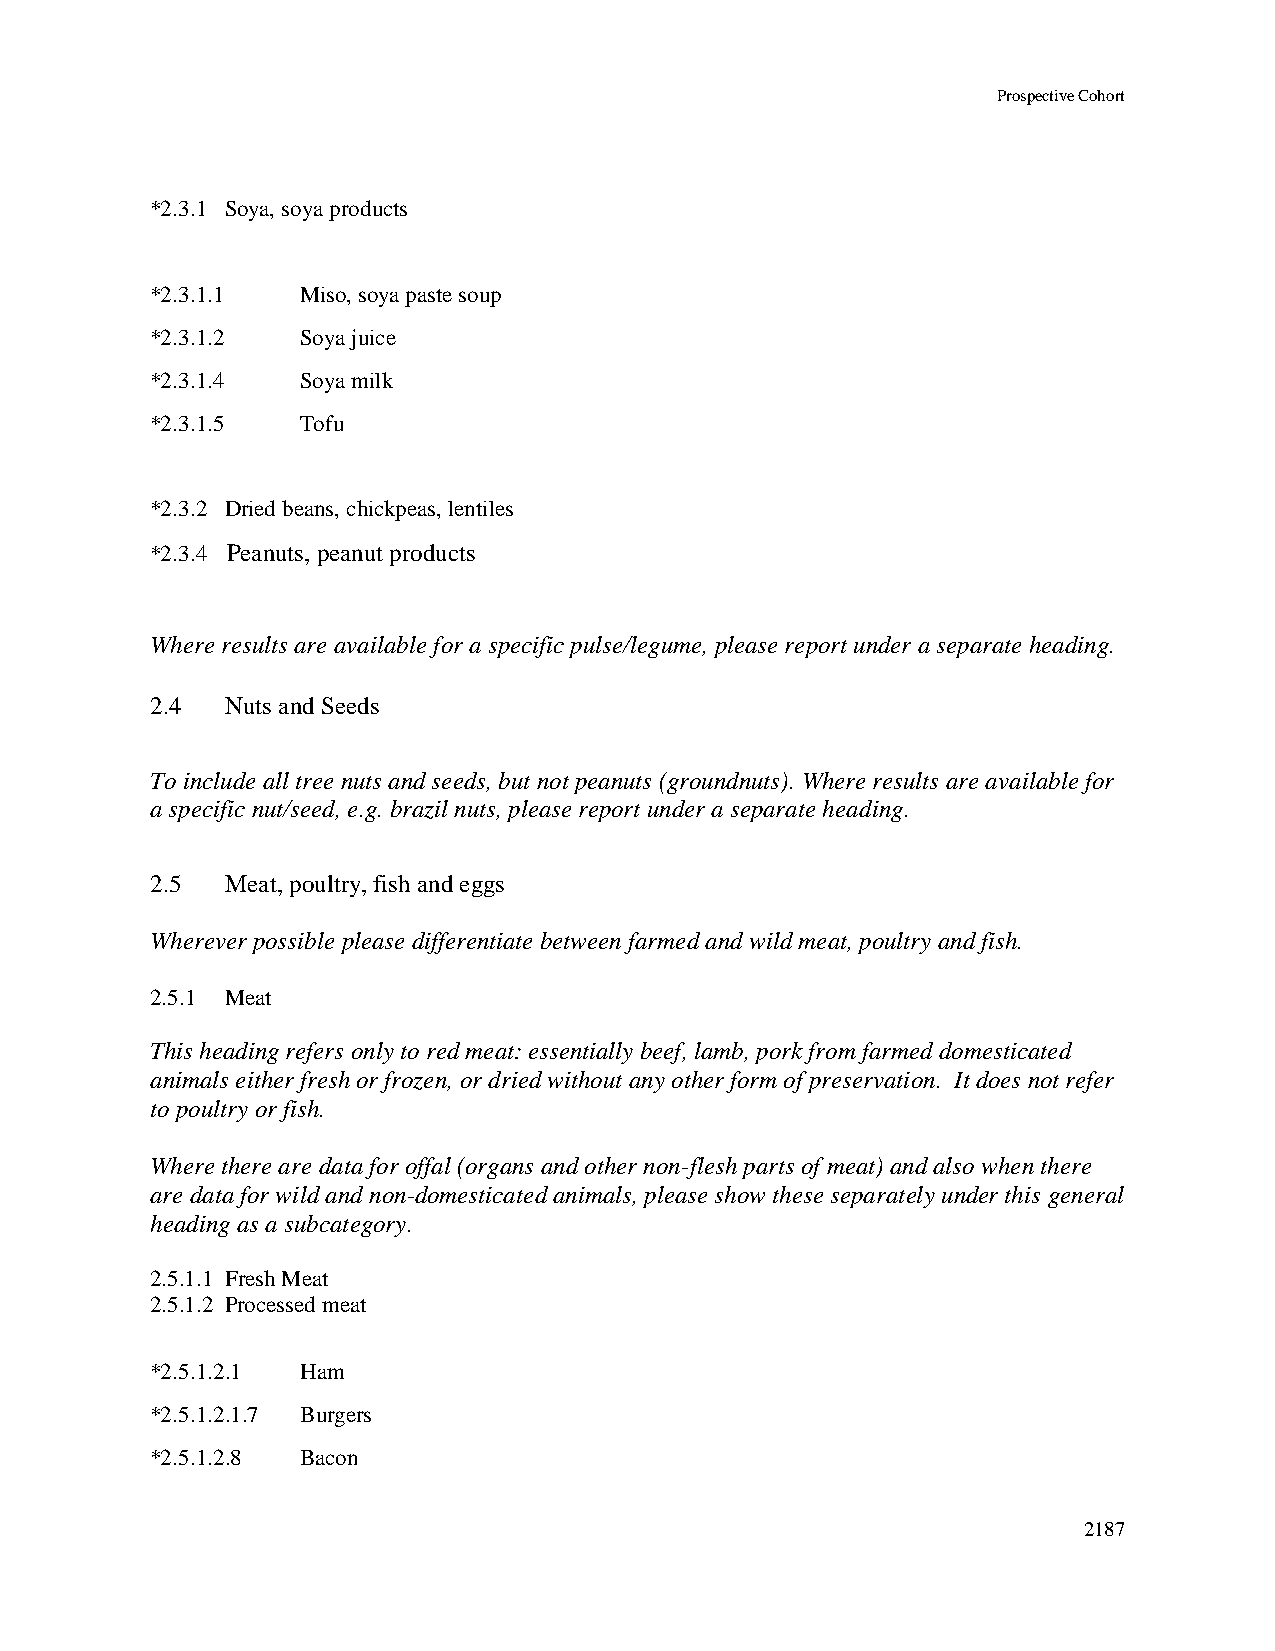
Prospective Cohort
 *2.3.1 Soya, soya products
 *2.3.1.1  Miso, soya paste soup
 *2.3.1.2  Soya juice
 *2.3.1.4  Soya milk
 *2.3.1.5  Tofu
 *2.3.2 Dried beans, chickpeas, lentiles
 *2.3.4 Peanuts, peanut products
 Where results are available for a specific pulse/legume, please report under a separate heading.
 2.4  Nuts and Seeds
 To include all tree nuts and seeds, but not peanuts (groundnuts). Where results are available for
 a specific nut/seed, e.g. brazil nuts, please report under a separate heading.
 2.5  Meat, poultry, fish and eggs
 Wherever possible please differentiate between farmed and wild meat, poultry and fish.
 2.5.1 Meat
 This heading refers only to red meat: essentially beef, lamb, pork from farmed domesticated
 animals either fresh or frozen, or dried without any other form of preservation. It does not refer
 to poultry or fish.
 Where there are data for offal (organs and other non-flesh parts of meat) and also when there
 are data for wild and non-domesticated animals, please show these separately under this general
 heading as a subcategory.
 2.5.1.1 Fresh Meat
 2.5.1.2 Processed meat
 *2.5.1.2.1 Ham
 *2.5.1.2.1.7 Burgers
 *2.5.1.2.8 Bacon
 2187